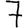
Digit: 7